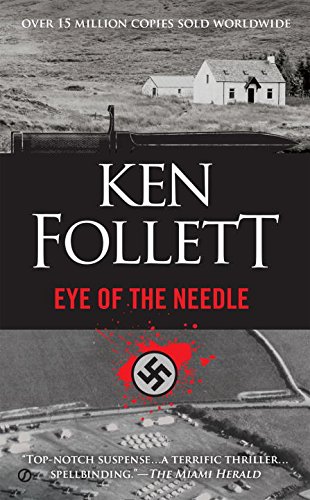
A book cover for Eye of the Needle; Ken Follett; Mystery, Thriller & Suspense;